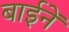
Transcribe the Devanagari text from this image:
बाईनें